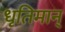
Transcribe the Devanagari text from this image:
धृतिमान्‌